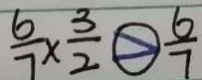
\frac { 6 } { 7 } \times \frac { 3 } { 2 } > \frac { 6 } { 7 }